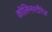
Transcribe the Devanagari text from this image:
कॉलिनस्टीरेज़